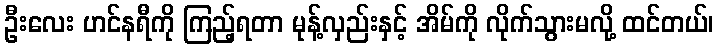
ဦးလေး ဟင်နရီကို ကြည့်ရတာ မုန့်လှည်းနှင့် အိမ်ကို လိုက်သွားမလို့ ထင်တယ်၊